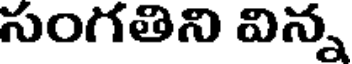
సంగతిని విన్న